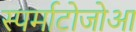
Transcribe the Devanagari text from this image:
स्पर्माटोजोआ